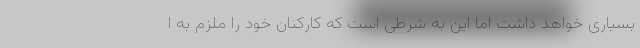
بسیاری خواهد داشت اما این به شرطی است که کارکنان خود را ملزم به ا